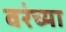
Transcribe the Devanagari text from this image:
वरंच्या